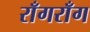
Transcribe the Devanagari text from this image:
राँगराँग